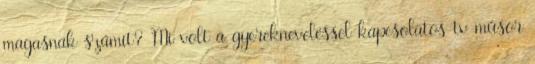
magasnak számít? Mi volt a gyerekneveléssel kapcsolatos tv műsor